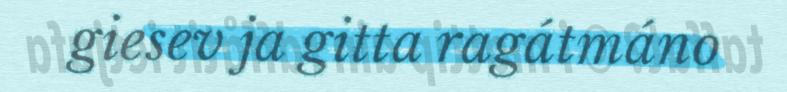
giesev ja gitta ragátmáno